system: You are a helpful assistant.
user:
Analyze the provided spectrum to determine if it is a **"Cataclysmic Variables (CV)"**.

- **Key Indicators for CV (Check for either state):**
    - **State 1: Quiescent / Low-State (Emission-Dominated)**
        - **(Primary):** Strong and *very broad* Hydrogen Balmer emission lines (e.g., $H\alpha$ at 6563 Å, $H\beta$ at 4861 Å). The 'broadness' (high velocity dispersion, often FWHM > 1000 km/s) is the key diagnostic, indicating a high-velocity accretion disk.
        - **(Secondary):** Broad neutral Helium (He I) emission lines (e.g., 5876 Å, 6678 Å).
        - **(Key Confirmation):** Presence of high-excitation *ionized* Helium (He II) emission at 4686 Å. This is a strong indicator of accretion onto a white dwarf.
        - **(Line Profile):** Emission lines may exhibit a 'double-peaked' profile, which is a classic signature of a rotating accretion disk viewed at high inclination.

    - **State 2: Outburst / High-State (Absorption-Dominated)**
        - **(Primary):** Spectrum is dominated by a bright, blue continuum (looks like a hot star).
        - **(Secondary):** The emission lines from State 1 are weak, absent, or 'filled in', and are replaced by broad, shallow *absorption* lines (primarily Balmer and He I).
        - **(Morphology):** The overall spectrum mimics a hot B/A-type star. The crucial difference is that the absorption lines are significantly broader, shallower, and more 'washed-out' (or 'smeared') than the sharp lines of a normal stellar photosphere, due to high rotational speeds and pressure broadening in the disk.

Think first, call **spectral_visualization_tool** if needed to examine features in detail, then provide your final answer. Your response must adhere to the following strict rules:
1.  **Overall Structure:** Your response must follow the format `<think>...</think> <tool_call>...</tool_call> (if a tool is used) <answer>...</answer>`.
2.  **Tool Usage Constraint:** You may only make **one** tool call per turn.
3.  **Final Answer Format:** In the `<answer>` tag, your conclusion must be inside a `\boxed{}` command (e.g., `\boxed{YES}`), followed by your justification.

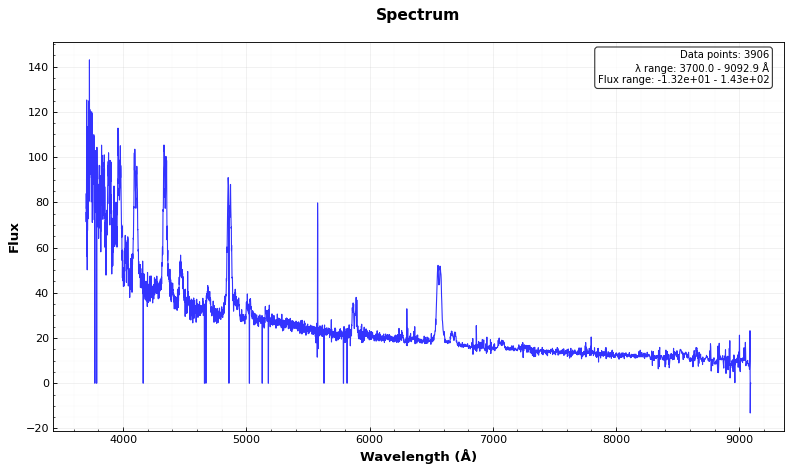
Answer: YES